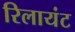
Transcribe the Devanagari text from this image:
रिलायंट